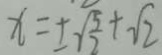
x = \pm \sqrt { \frac { 5 } { 2 } } + \sqrt { 2 }